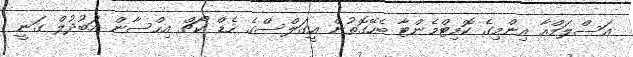
އަސްލަމްއާ އިންމިގެ ކޮމިޓްމެންޓާ ބެހޭގޮތުން އީގަލްސްގެ ހެޑް ކޯޗް އިހްސާން އަބުދުލް ގަނީ